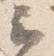
云